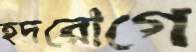
হদরোগে